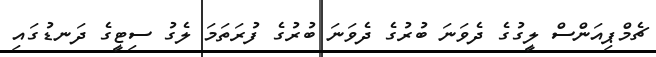
ޗެމްޕިއަންސް ލީގުގެ ދެވަނަ ބުރުގެ ދެވަނަ ބުރުގެ ފުރަތަމަ ލެގު ސިޓީގެ ދަނޑުގައި